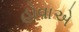
હોવાએ